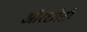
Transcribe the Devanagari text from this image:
औरछोटी